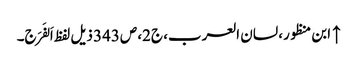
↑ ابن منظور، لسان العرب، ج2، ص343 ذیل لفظ اَلفَرَج۔